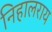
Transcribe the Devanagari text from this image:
निहालराय